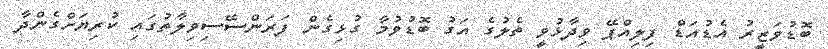
ބޮޑުވަޒީރު އެޑުއަޑް ފިލިއްޕޭ ވިދާޅުވީ ތެލުގެ އަގު ބޮޑުވުމާ ގުޅިގެން ފަރަންސޭސިވިލާތުގައި ކުރިޔަށްގެންދާ